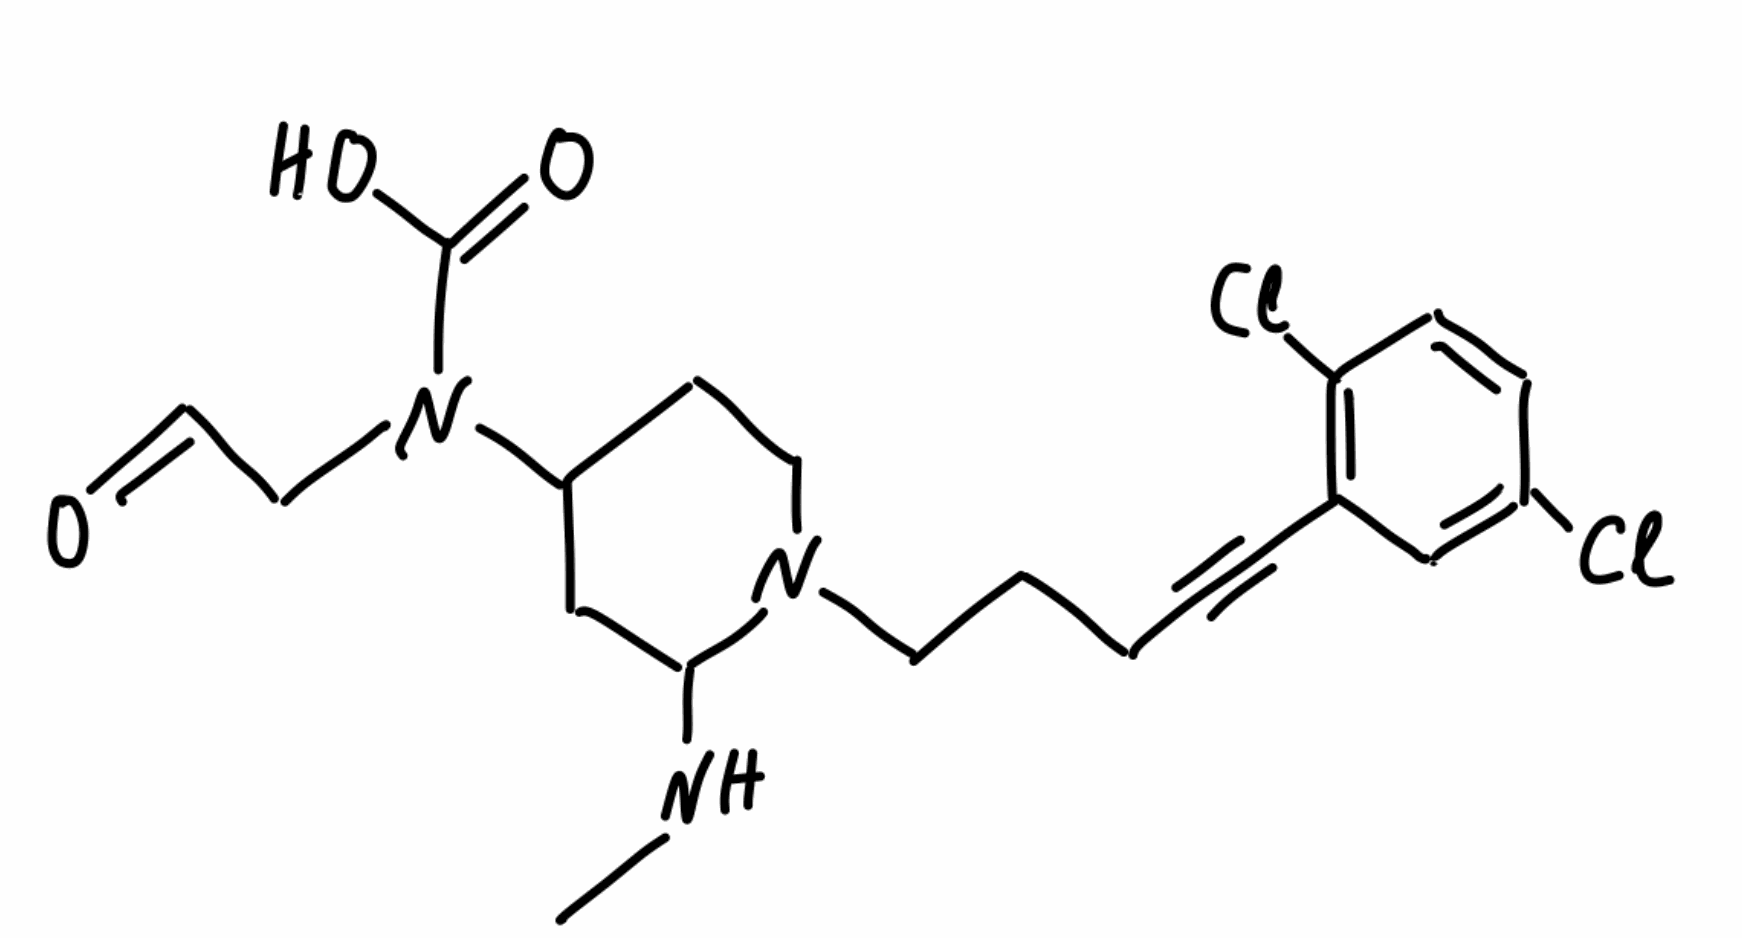
Simplified molecular-input line-entry system (SMILES) notation of the given molecule:
CNC1CC(CCN1CCCC#CC2=C(C=CC(=C2)Cl)Cl)N(CC=O)C(=O)O